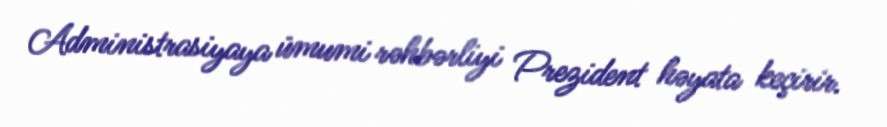
Administrasiyaya ümumi rəhbərliyi Prezident həyata keçirir.